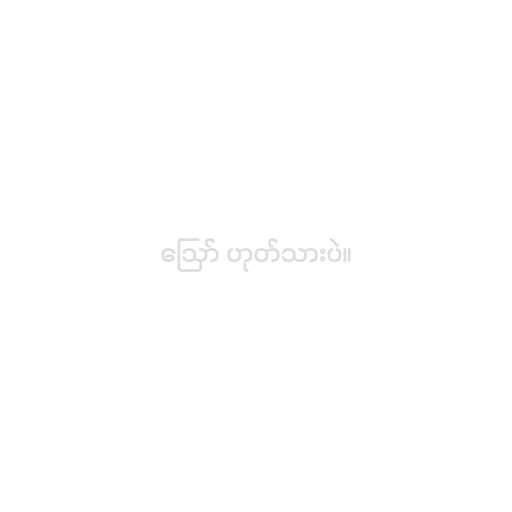
ဪ ဟုတ်သားပဲ။